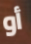
أو